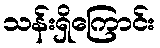
သန်းရှိကြောင်း